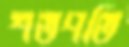
শতপতি